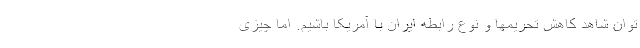
توان شاهد کاهش تحریمها و نوع رابطه ایران با آمریکا باشیم. اما چیزی